Annual report on the health of the army in India
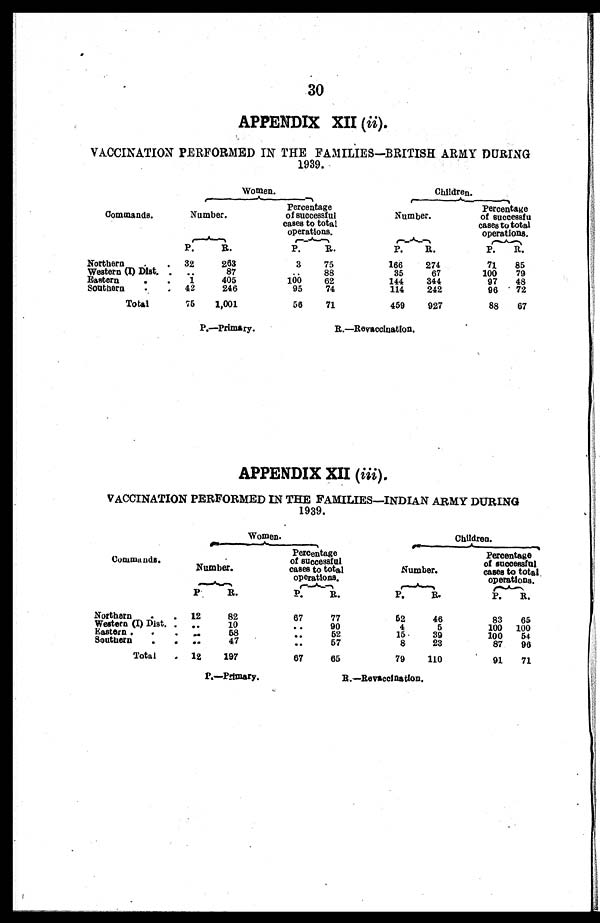
30
APPENDIX XII (ii).
VACCINATION PERFORMED IN THE FAMILIES—BRITISH ARMY DURING
1939.
Women.
Children.
Commands.
Number.
Percentage
of successful
cases to total
operations.
Number.
Percentage
of successfu
l c a s e s t o t o t a l
operations.
P.
R.
P.
R.
P.
R.
P.
R.
Northern
32
263
3
75
166
274
71
85
Western (I) Dist.
. .
87
88
35
67
100
79
Eastern
1
405
100
62
144
344
97
48
Southern
42
246
95
74
114
242
96
72
Total
75
1,001
56
71
459
927
88
67
P.—Primary.
R.—Revaccination.
APPENDIX XII ( iii ).
VACCINATION PERFORMED IN THE FAMILIES—INDIAN ARMY DURING
1939.
Women.
Children.
Commands.
Number.
Percentage
of successful
cases to total
operations .
Number.
Percentage
of successful
cases to total
operations.
P .
R.
P.
R.
P.
R.
P.
R.
Northern
12
82
67
77
5 2
46
83
65
Western (I) Dist
..
10
..
90
4
5
100
100
Eastern
..
5
••
5 2
15
39
100
54
Southern
..
47
••
57
8
23
87
96
Total
12
197
67
65
79
110
91
71
P.—Primary.
R.—Revaccination.